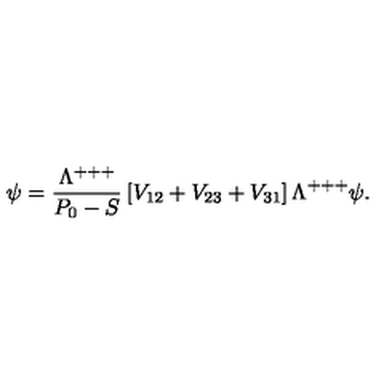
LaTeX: \psi = { \frac { \Lambda ^ { + + + } } { P _ { 0 } - S } } \left[ V _ { 1 2 } + V _ { 2 3 } + V _ { 3 1 } \right] \Lambda ^ { + + + } \psi .